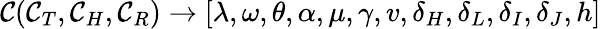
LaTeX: \mathcal{C}(\mathcal{C}_{T},\mathcal{C}_{H},\mathcal{C}_{R})\rightarrow[\lambda,\omega,\theta,\alpha,\mu,\gamma,v,\delta_{H},\delta_{L},\delta_{I},\delta_{J},h]